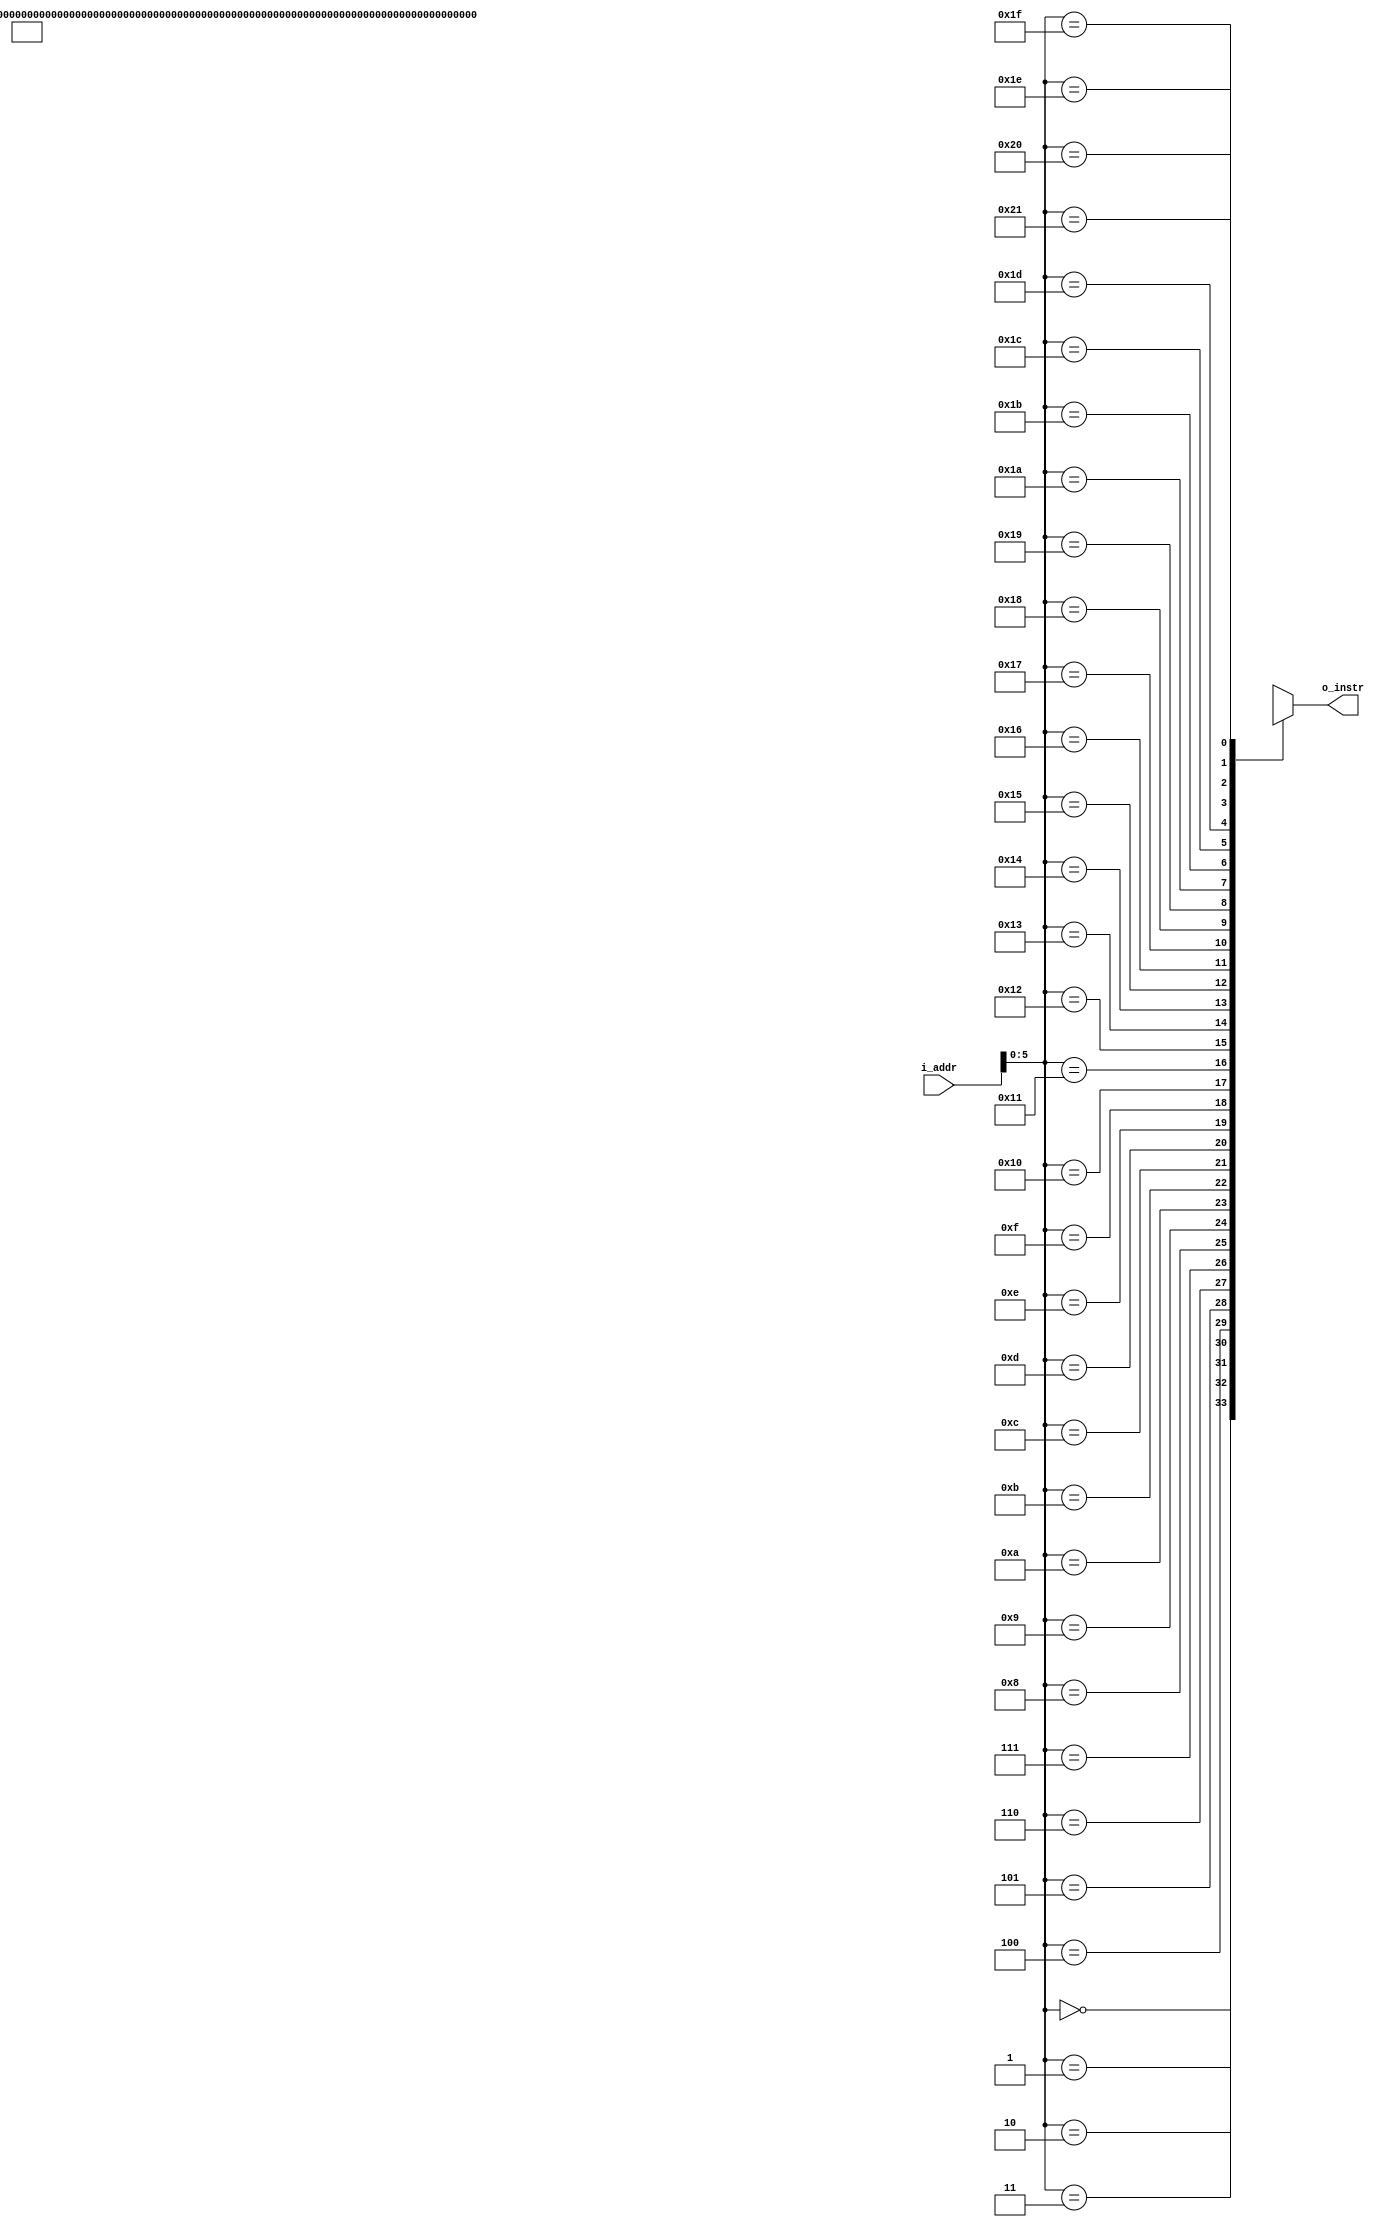
module programrom(input [0:15] i_addr, output [0:17] o_instr);
wire [0:17] program [0:33];

assign program[0] = 18'b000001000000010000; // DT 0x1010
assign program[1] = 18'b111000000000000000; // OP 0x00
assign program[2] = 18'b111000010000000000; // OP 0x01
assign program[3] = 18'b111000100000000000; // OP 0x02
assign program[4] = 18'b111000110000000000; // OP 0x03
assign program[5] = 18'b111001000000000000; // OP 0x04
assign program[6] = 18'b111001010000000000; // OP 0x05
assign program[7] = 18'b111001100000000000; // OP 0x06
assign program[8] = 18'b111001110000000000; // OP 0x07
assign program[9] = 18'b111010000000000000; // OP 0x08
assign program[10] = 18'b111010010000000000; // OP 0x09
assign program[11] = 18'b111010100000000000; // OP 0x0A
assign program[12] = 18'b111010110000000000; // OP 0x0B
assign program[13] = 18'b111011000000000000; // OP 0x0C
assign program[14] = 18'b111011010000000000; // OP 0x0D
assign program[15] = 18'b111011100000000000; // OP 0x0E
assign program[16] = 18'b111011110000000000; // OP 0x0F
assign program[17] = 18'b111100000000000000; // OP 0x10
assign program[18] = 18'b111100010000000000; // OP 0x11
assign program[19] = 18'b111100100000000000; // OP 0x12
assign program[20] = 18'b111100110000000000; // OP 0x13
assign program[21] = 18'b111101000000000000; // OP 0x14
assign program[22] = 18'b111101010000000000; // OP 0x15
assign program[23] = 18'b111101100000000000; // OP 0x16
assign program[24] = 18'b111101110000000000; // OP 0x17
assign program[25] = 18'b111110000000000000; // OP 0x18
assign program[26] = 18'b111110010000000000; // OP 0x19
assign program[27] = 18'b111110100000000000; // OP 0x1A
assign program[28] = 18'b111110110000000000; // OP 0x1B
assign program[29] = 18'b111111000000000000; // OP 0x1C
assign program[30] = 18'b111111010000000000; // OP 0x1D
assign program[31] = 18'b111111100000000000; // OP 0x1E
assign program[32] = 18'b111111110000000000; // OP 0x1F
assign o_instr = program[i_addr];
endmodule